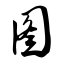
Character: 图